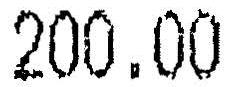
200.00